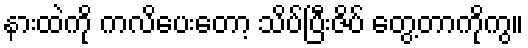
နားထဲကို ကလိပေးတော့ သိပ်ပြီးဇိပ် တွေ့တာကိုကွ။